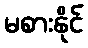
မစားနိုင်